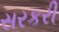
સરકરી